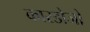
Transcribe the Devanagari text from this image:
कारडोजो